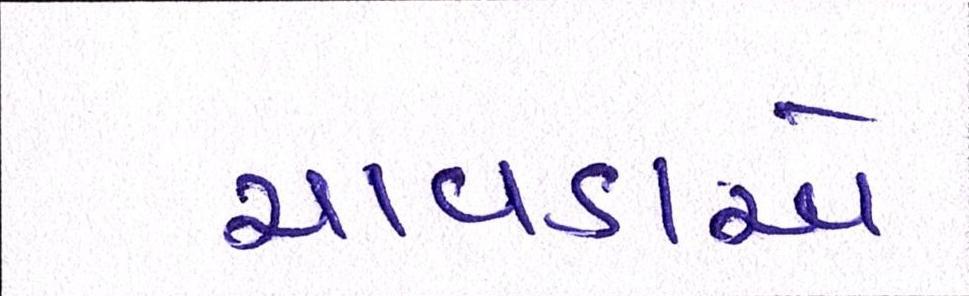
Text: ચાવડાએ